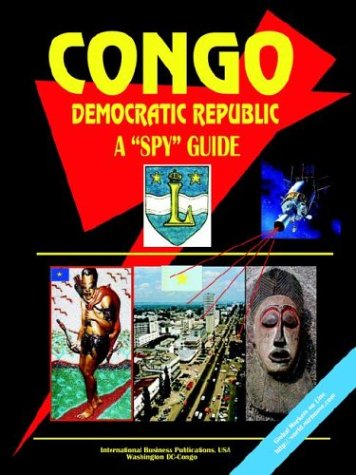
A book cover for Congo Democratic Republic A Spy Guide; Ibp Usa; Travel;